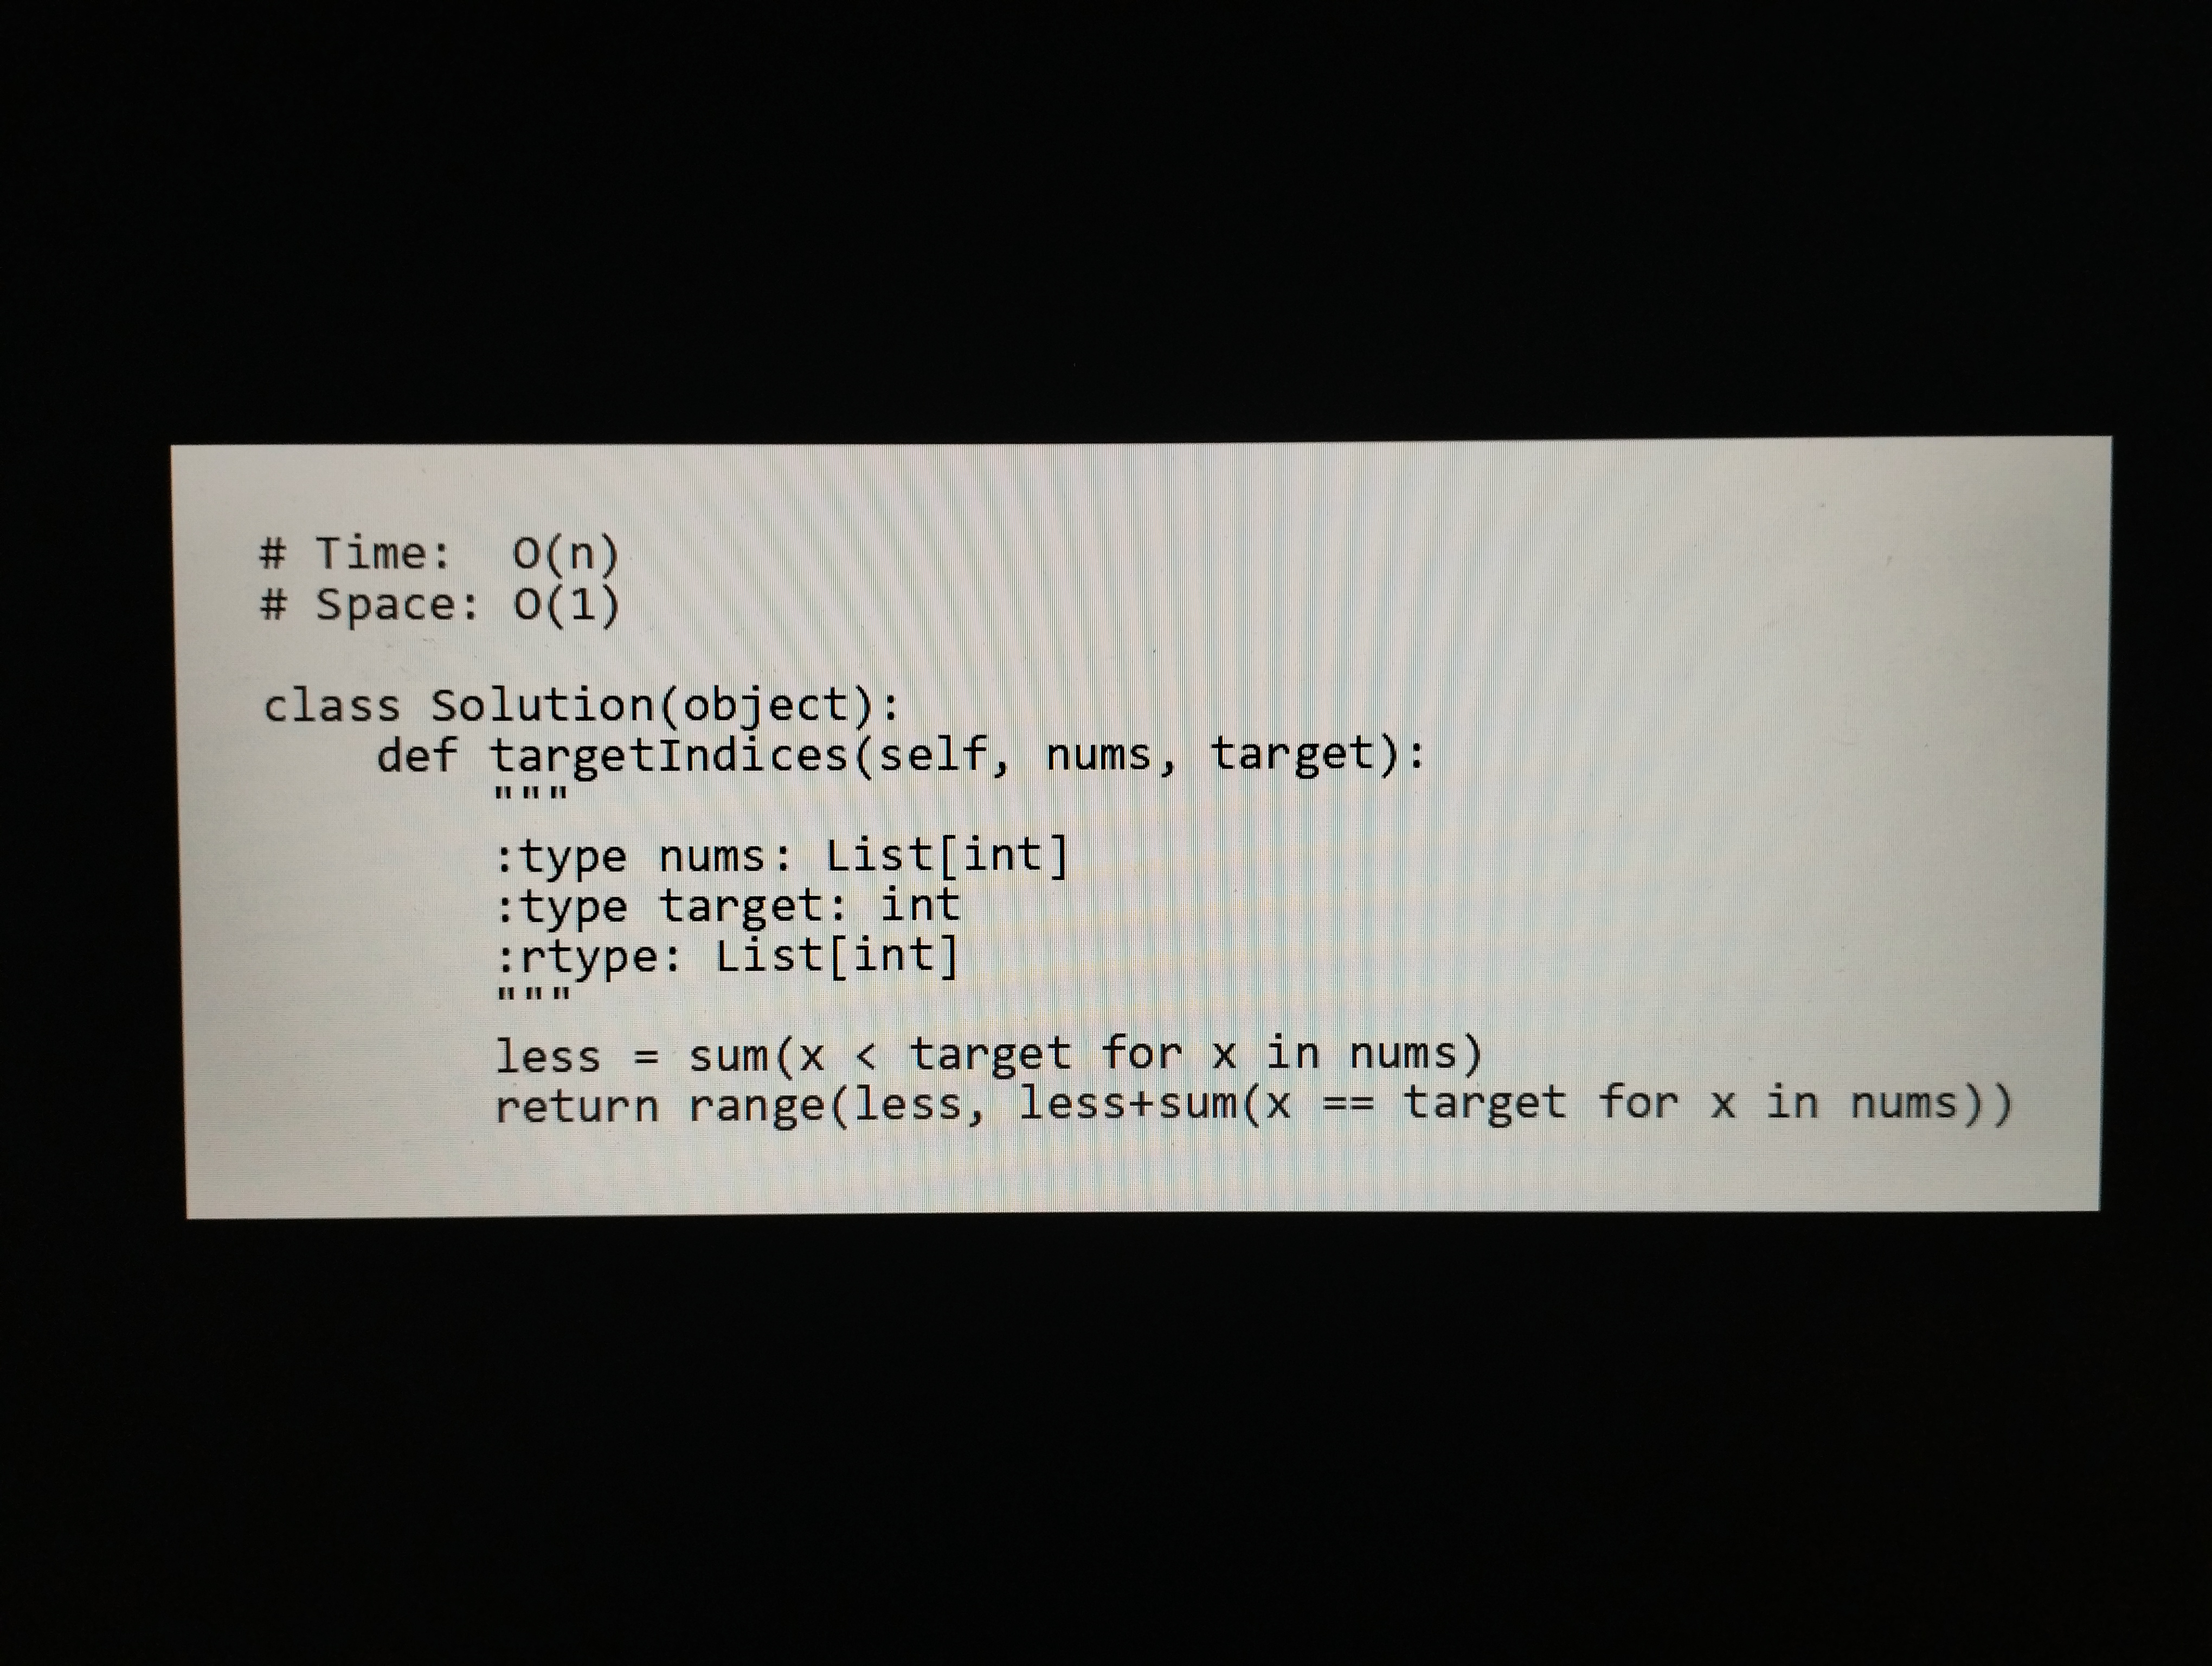
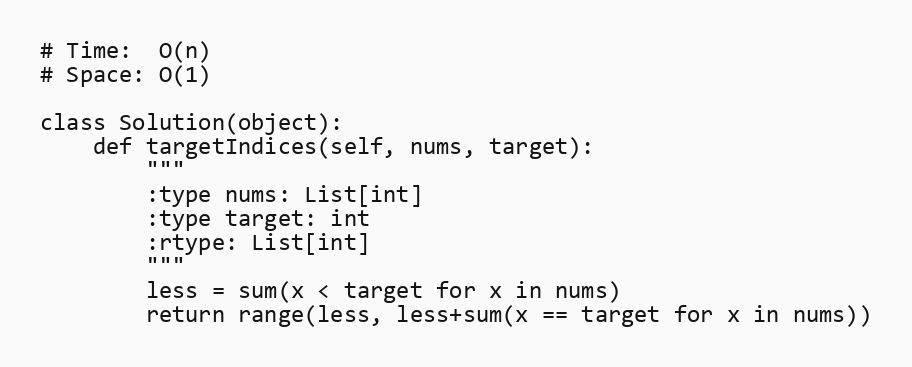
# Time:  O(n)
# Space: O(1)

class Solution(object):
    def targetIndices(self, nums, target):
        """
        :type nums: List[int]
        :type target: int
        :rtype: List[int]
        """
        less = sum(x < target for x in nums)
        return range(less, less+sum(x == target for x in nums))